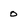
Character: 0